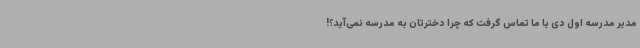
مدیر مدرسه اول دی با ما تماس گرفت که چرا دخترتان به مدرسه نمی‌آید؟!